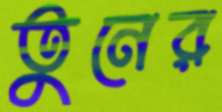
তুনের